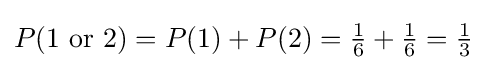
P(1{\mbox{ or }}2)=P(1)+P(2)={\tfrac {1}{6}}+{\tfrac {1}{6}}={\tfrac {1}{3}}